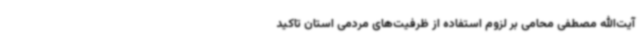
آیت‌الله مصطفی محامی بر لزوم استفاده از ظرفیت‌های مردمی استان تاکید